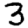
Digit: 3